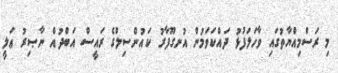
މި ރަސްމިއްޔާތުގައި ވާހަލަފުޅު ދައްކަވަމުން އުނގޫފާރު ކައުންސިލްގެ ރައީސް އަބްދުއް ނާޞިރު ޢަލީ